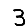
Digit: 3